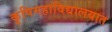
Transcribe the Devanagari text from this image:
कृषिमहाविद्यालयात